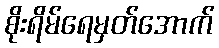
စိုးရိမ်ရေမှတ်အောက်